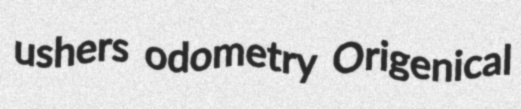
ushers odometry Origenical